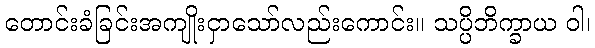
တောင်းခံခြင်းအကျိုးငှာသော်လည်းကောင်း။ သပ္ပိဘိက္ခာယ ဝါ၊